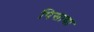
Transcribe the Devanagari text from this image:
पिसाया